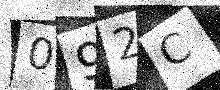
Text: 092C